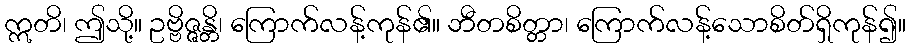
ဣတိ၊ ဤသို့။ ဥဗ္ဗိဇ္ဇန္တိ၊ ကြောက်လန့်ကုန်၏။ ဘီတစိတ္တာ၊ ကြောက်လန့်သောစိတ်ရှိကုန်၍။